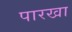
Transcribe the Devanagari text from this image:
पारखा